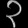
Digit: ၃